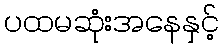
ပထမဆုံးအနေနှင့်